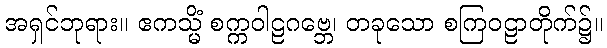
အရှင်ဘုရား။ ဧကသ္မိံ စက္ကဝါဠဂဗ္ဘေ၊ တခုသော စကြဝဠာတိုက်၌။